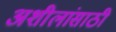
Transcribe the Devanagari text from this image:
अशीलांसाठी